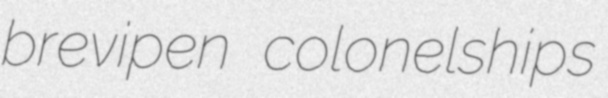
brevipen colonelships